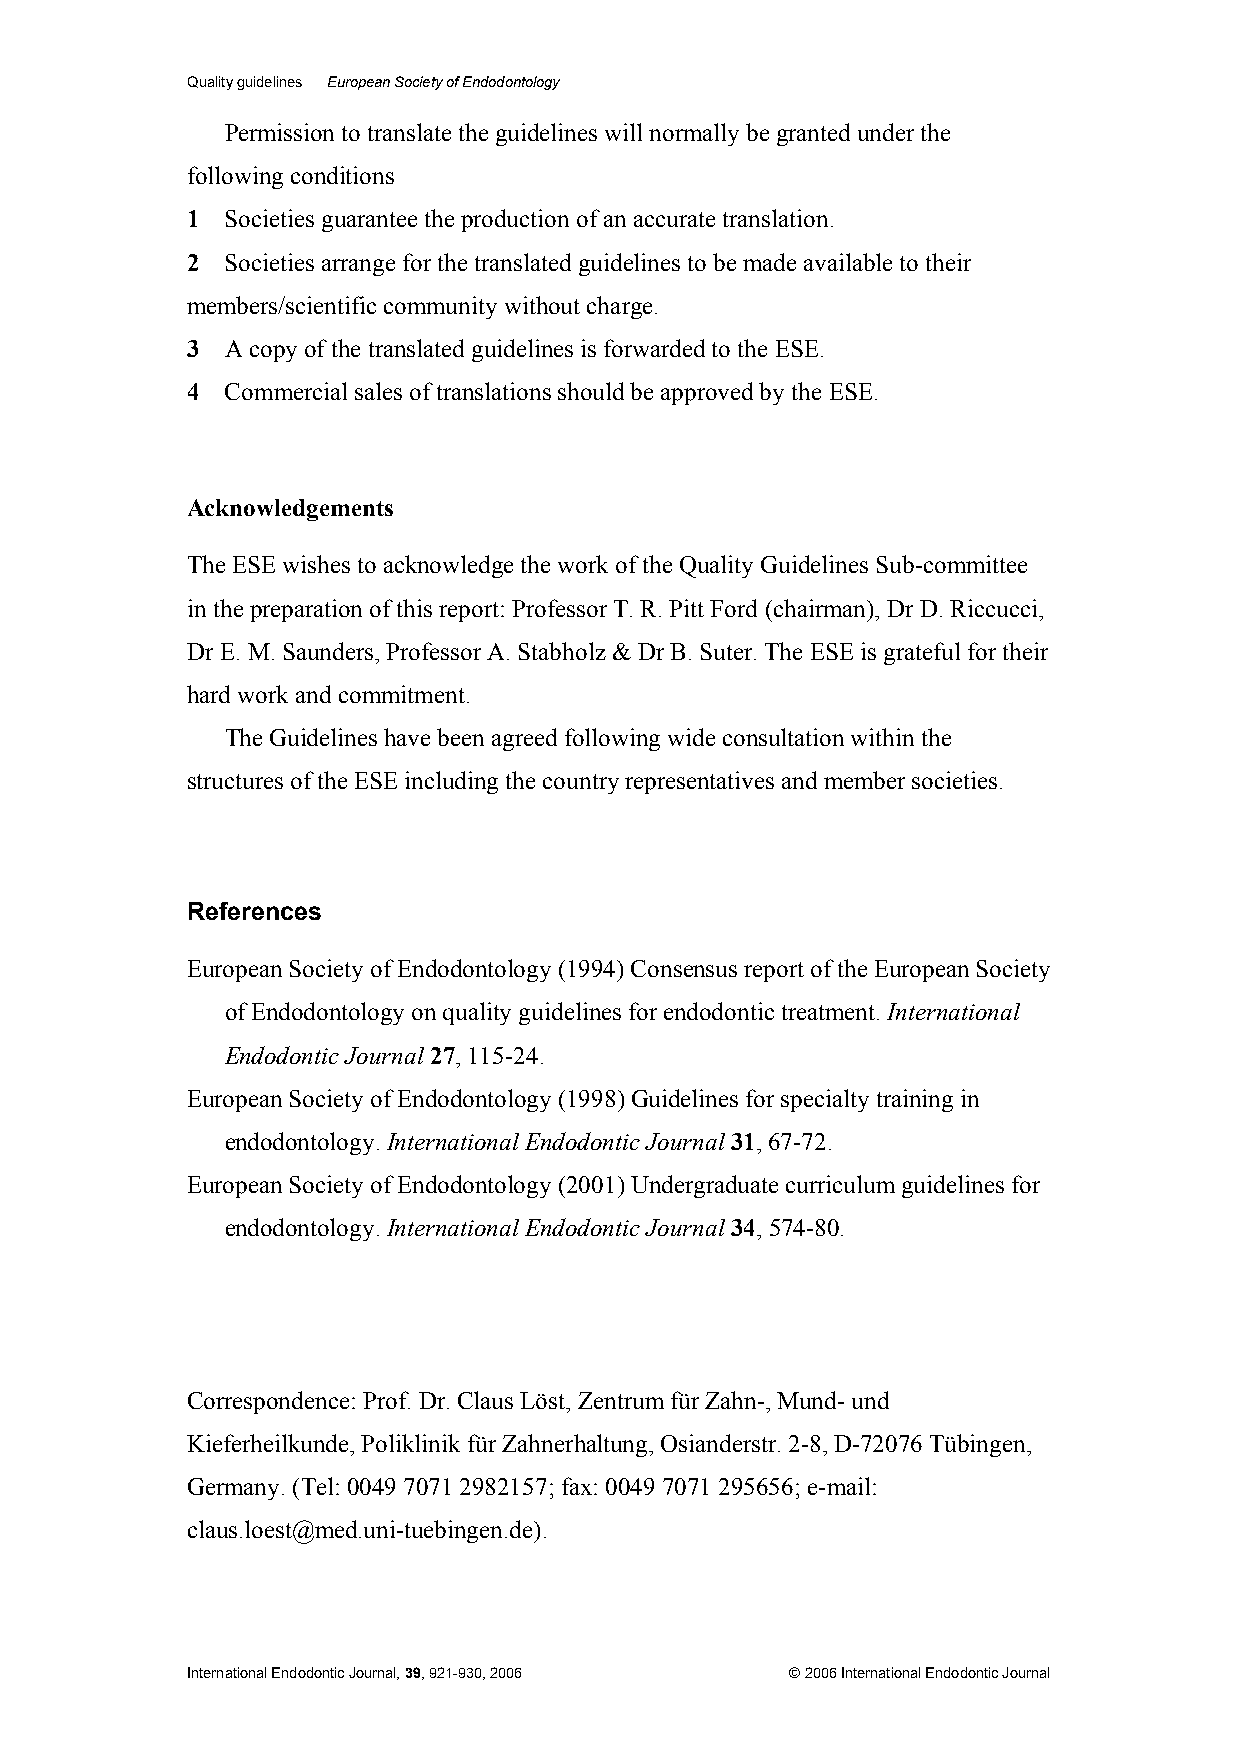
Quality guidelines European Society of Endodontology
 Permission to translate the guidelines will normally be granted under the
 following conditions
 1  Societies guarantee the production of an accurate translation.
 2  Societies arrange for the translated guidelines to be made available to their
 members/scientific community without charge.
 3  A copy of the translated guidelines is forwarded to the ESE.
 4  Commercial sales of translations should be approved by the ESE.
 Acknowledgements
 The ESE wishes to acknowledge the work of the Quality Guidelines Sub-committee
 in the preparation of this report: Professor T. R. Pitt Ford (chairman), Dr D. Riccucci,
 Dr E. M. Saunders, Professor A. Stabholz & Dr B. Suter. The ESE is grateful for their
 hard work and commitment.
 The Guidelines have been agreed following wide consultation within the
 structures of the ESE including the country representatives and member societies.
 References
 European Society of Endodontology (1994) Consensus report of the European Society
 of Endodontology on quality guidelines for endodontic treatment. International
 Endodontic Journal 27, 115-24.
 European Society of Endodontology (1998) Guidelines for specialty training in
 endodontology. International Endodontic Journal 31, 67-72.
 European Society of Endodontology (2001) Undergraduate curriculum guidelines for
 endodontology. International Endodontic Journal 34, 574-80.
 Correspondence: Prof. Dr. Claus Löst, Zentrum für Zahn-, Mund- und
 Kieferheilkunde, Poliklinik für Zahnerhaltung, Osianderstr. 2-8, D-72076 Tübingen,
 Germany. (Tel: 0049 7071 2982157; fax: 0049 7071 295656; e-mail:
 claus.loest@med.uni-tuebingen.de).
 International Endodontic Journal, 39, 921-930, 2006 © 2006 International Endodontic Journal